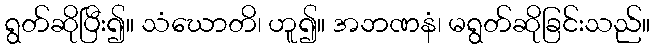
ရွတ်ဆိုပြီး၍။ သံဃောတိ၊ ဟူ၍။ အဘဏနံ၊ မရွတ်ဆိုခြင်းသည်။